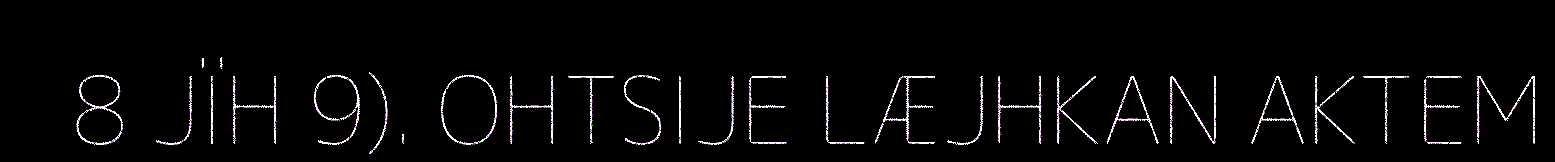
8 JÏH 9). OHTSIJE LÆJHKAN AKTEM